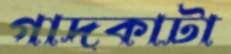
গাদকাটা